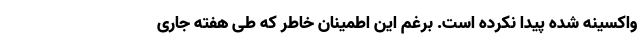
واکسینه شده پیدا نکرده است. برغم این اطمینان خاطر که طی هفته جاری